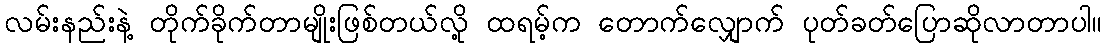
လမ်းနည်းနဲ့ တိုက်ခိုက်တာမျိုးဖြစ်တယ်လို့ ထရမ့်က တောက်လျှောက် ပုတ်ခတ်ပြောဆိုလာတာပါ။